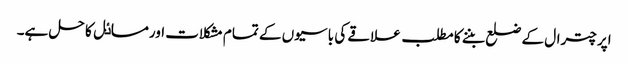
اپر چترال کے ضلع بننے کا مطلب علاقے کی باسیوں کے تمام مشکلات اورمساٸل کا حل ہے۔